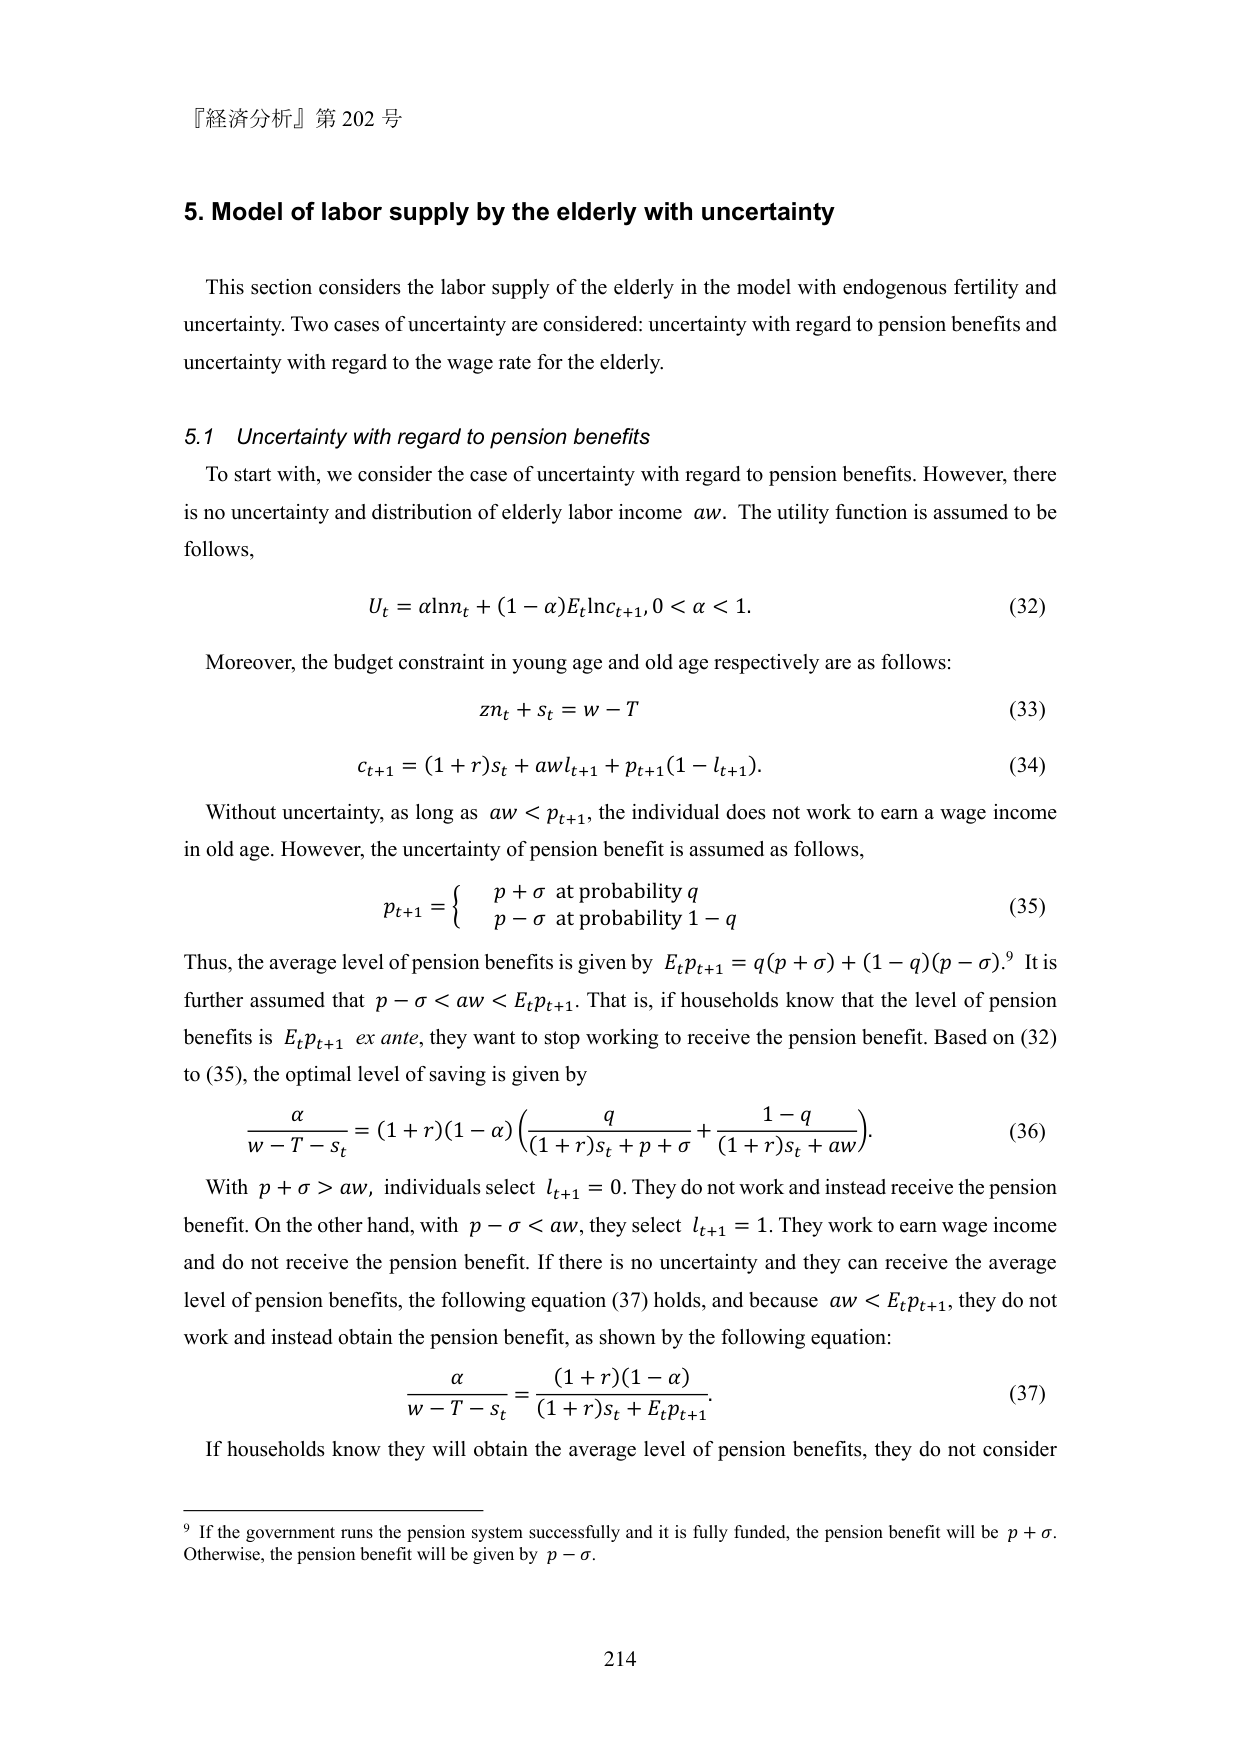
『経済分析』第 202 号

5. Model of labor supply by the elderly with uncertainty

This section considers the labor supply of the elderly in the model with endogenous fertility and uncertainty. Two cases of uncertainty are considered: uncertainty with regard to pension benefits and uncertainty with regard to the wage rate for the elderly.

5.1 Uncertainty with regard to pension benefits

To start with, we consider the case of uncertainty with regard to pension benefits. However, there is no uncertainty and distribution of elderly labor income aw. The utility function is assumed to be follows,

U_t = αlnn_t + (1−α)E_tln c_{t+1}, 0 < α < 1.  (32)

Moreover, the budget constraint in young age and old age respectively are as follows:

zn_t + s_t = w − T  (33)

c_{t+1} = (1+r)s_t + awl_{t+1} + p_{t+1}(1−l_{t+1}).  (34)

Without uncertainty, as long as aw < p_{t+1}, the individual does not work to earn a wage income in old age. However, the uncertainty of pension benefit is assumed as follows,

p_{t+1} = { p + σ at probability q
           p − σ at probability 1−q }  (35)

Thus, the average level of pension benefits is given by E_t p_{t+1} = q(p + σ) + (1−q)(p − σ).⁹ It is further assumed that p − σ < aw < E_t p_{t+1}. That is, if households know that the level of pension benefits is E_t p_{t+1} ex ante, they want to stop working to receive the pension benefit. Based on (32) to (35), the optimal level of saving is given by

α/(w − T − s_t) = (1+r)(1−α)( q/((1+r)s_t + p + σ) + (1−q)/((1+r)s_t + aw) ).  (36)

With p + σ > aw, individuals select l_{t+1} = 0. They do not work and instead receive the pension benefit. On the other hand, with p − σ < aw, they select l_{t+1} = 1. They work to earn wage income and do not receive the pension benefit. If there is no uncertainty and they can receive the average level of pension benefits, the following equation (37) holds, and because aw < E_t p_{t+1}, they do not work and instead obtain the pension benefit, as shown by the following equation:

α/(w − T − s_t) = (1+r)(1−α)/((1+r)s_t + E_t p_{t+1}).  (37)

If households know they will obtain the average level of pension benefits, they do not consider

⁹ If the government runs the pension system successfully and it is fully funded, the pension benefit will be p + σ. Otherwise, the pension benefit will be given by p − σ.

214